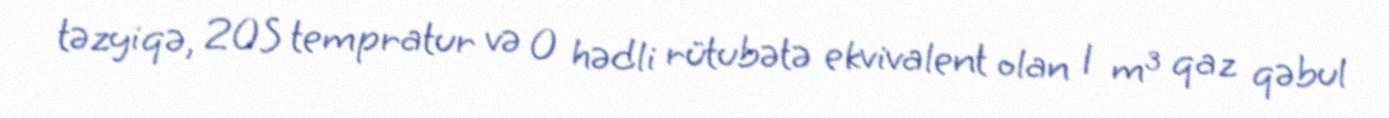
təzyiqə, 20S tempratur və 0 hədli rütubətə ekvivalent olan 1 m³ qaz qəbul